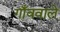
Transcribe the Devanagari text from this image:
गाँववाले